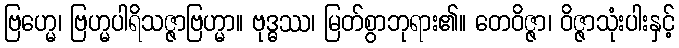
ဗြဟ္မေ၊ ဗြဟ္မပါရိသဇ္ဇာဗြဟ္မာ။ ဗုဒ္ဓဿ၊ မြတ်စွာဘုရား၏။ တေဝိဇ္ဇာ၊ ဝိဇ္ဇာသုံးပါးနှင့်